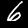
Digit: 6